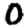
Digit: 0